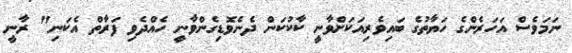
ނަމަވެސް އަހަރެންގެ ހަޔާތުގެ ބައިވެރިއަކަށްވާނީ ކާކުކަން ދެނެވޮޑިގެންވާނީ ހެއްދެވި ފަރާތް އެކަނި" ރާނީ